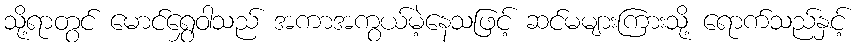
သို့ရာတွင် မောင်ရွှေဝါသည် အကာအကွယ်မဲ့နေသဖြင့် ဆင်မများကြားသို့ ရောက်သည်နှင့်